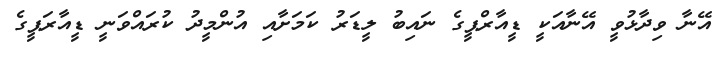
އޭނާ ވިދާޅުވީ އޭނާއަކީ ޑީއާރްޕީގެ ނައިބު ލީޑަރު ކަމަށާއި އުންމީދު ކުރައްވަނީ ޑީއާރަޕީގެ